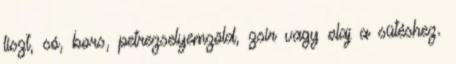
liszt, só, bors, petrezselyemzöld, zsír vagy olaj a sütéshez.